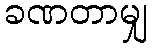
ခဏတာမျှ